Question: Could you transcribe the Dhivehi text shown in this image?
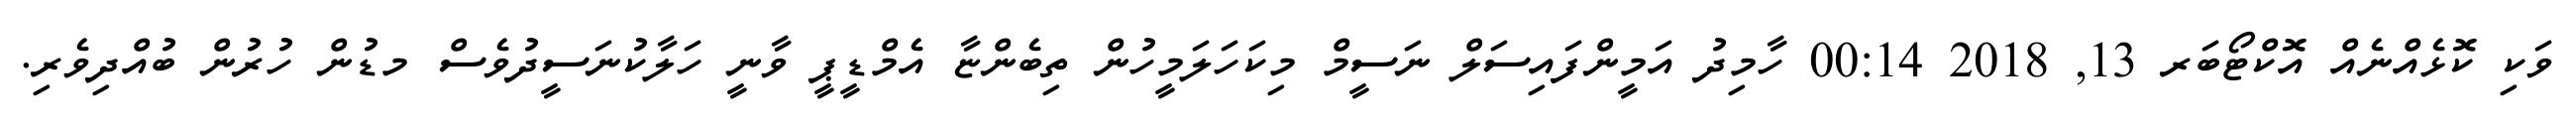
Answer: ވަކި ކޮޅެއްނެއް އޮކްޓޯބަރ 13, 2018 00:14 ހާމިދު އަމީންފައިސަލް ނަސީމް މިކަހަލަމީހުން ތިބެންޏާ އެމްޑީޕީ ވާނީ ހަލާކުނަސީދުވެސް މޑުން ހުރުން ބުއްދިވެރި.